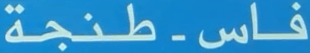
فاس-طنجة